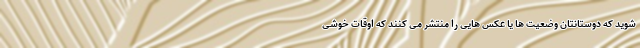
شوید که دوستانتان وضعیت ها یا عکس هایی را منتشر می کنند که اوقات خوشی